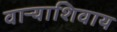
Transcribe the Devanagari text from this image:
वाऱ्याशिवाय